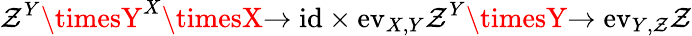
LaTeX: \mathcal{Z}^{Y}\timesY^{X}\timesX{\xrightarrow{}{{\mathrm{{id}}\times\mathrm{{ev}}_{X,Y}}}}\mathcal{Z}^{Y}\timesY{\xrightarrow{}{{\mathrm{{ev}}_{Y,\mathcal{Z}}}}}\mathcal{Z}